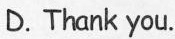
D.Thank you.